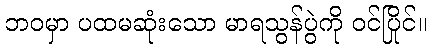
ဘဝမှာ ပထမဆုံးသော မာရသွန်ပွဲကို ဝင်ပြိုင်။